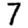
Digit: 7